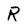
Character: R